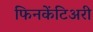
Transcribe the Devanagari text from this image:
फिनकेंटिअरी